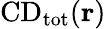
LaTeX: \mathrm{{CD}_{\mathrm{{tot}}}({\mathbf r})}